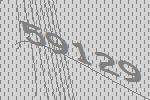
59129